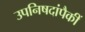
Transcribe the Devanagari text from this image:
उपनिषदांपैकीं